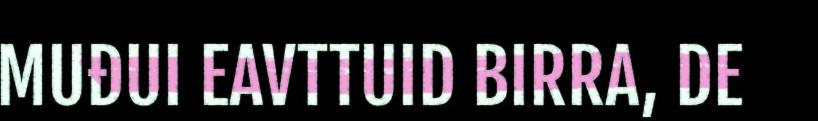
MUĐUI EAVTTUID BIRRA, DE